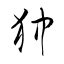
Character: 狆